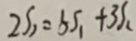
2 S _ { 1 } = 5 S _ { 1 } + 3 S _ { 2 }